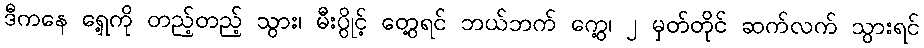
ဒီကနေ ရှေ့ကို တည့်တည့် သွား၊ မီးပွိုင့် တွေ့ရင် ဘယ်ဘက် ကွေ့၊ ၂ မှတ်တိုင် ဆက်လက် သွားရင်